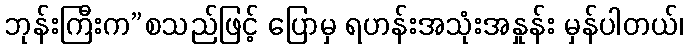
ဘုန်းကြီးက”စသည်ဖြင့် ပြောမှ ရဟန်းအသုံးအနှုန်း မှန်ပါတယ်၊